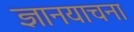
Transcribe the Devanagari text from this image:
ज्ञानयाचना